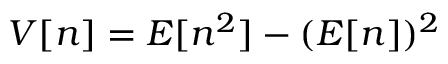
V [ n ] = E [ n ^ { 2 } ] - ( E [ n ] ) ^ { 2 }